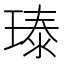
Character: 𪼃